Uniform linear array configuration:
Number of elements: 64
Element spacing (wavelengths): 0.5
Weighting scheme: exponential
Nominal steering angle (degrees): -15
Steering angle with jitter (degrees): -14.984
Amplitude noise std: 0.05
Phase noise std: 0.05

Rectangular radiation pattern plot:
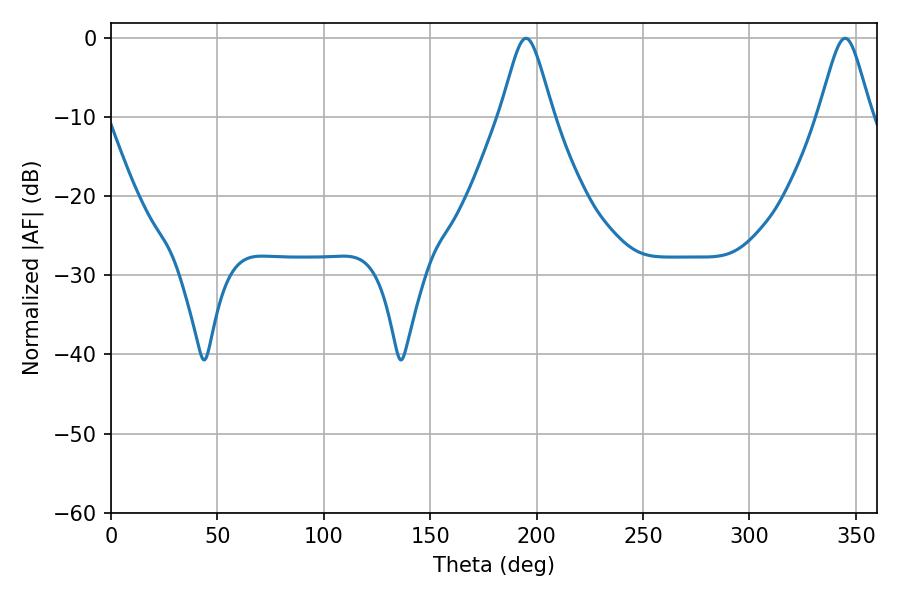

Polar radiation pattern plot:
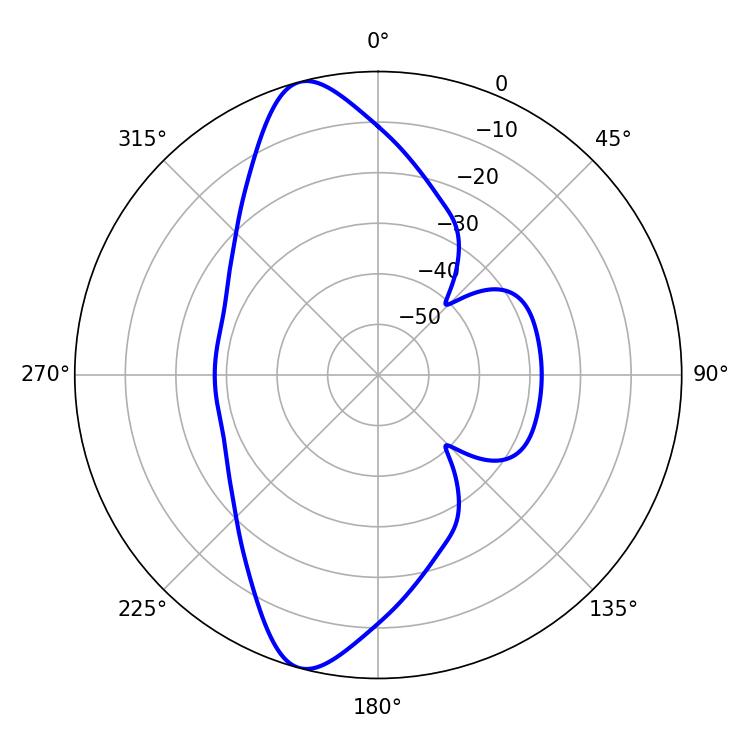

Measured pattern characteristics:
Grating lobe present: FALSE
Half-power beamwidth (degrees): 11.88
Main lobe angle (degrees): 194.94